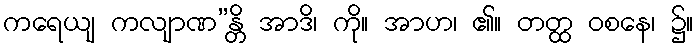
ကရေယျ ကလျာဏ”န္တိ အာဒိ၊ ကို။ အာဟ၊ ၏။ တတ္ထ ဝစနေ၊ ၌။